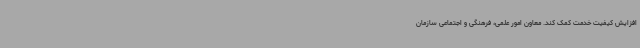
افزایش کیفیت خدمت کمک کند. معاون امور علمی، فرهنگی و اجتماعی سازمان